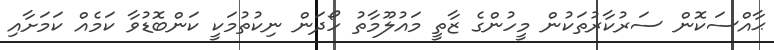
ޙާއްސަކޮން ސަރުކާރުތަކުން މީހުންގެ ޒާތީ މައުލޫމާތު ހޯދަން ނިކުތުމަކީ ކަންބޮޑުވާ ކަމެއް ކަމަށާއި